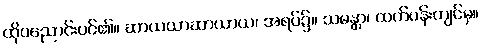
ထိုပညောင်းပင်၏။ ဆာယယာဆာယာယ၊ အရပ်၌။ သမန္တာ၊ ထက်ဝန်းကျင်မှ။